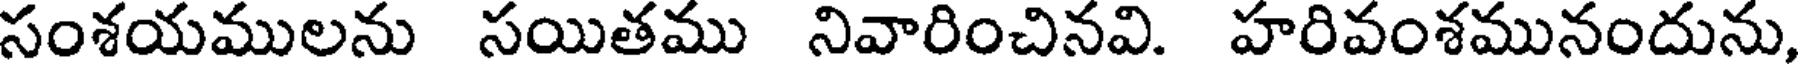
సంశయములను సయితము నివారించినవి. హరివంశమునందును,